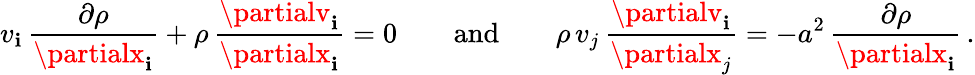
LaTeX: v_{\mathbf{i}}\, {\frac{{\partial\rho}}{{\partialx_{\mathbf{i}}}}}+\rho\, {\frac{{\partialv_{\mathbf{i}}}}{{\partialx_{\mathbf{i}}}}}=0\qquad{\mathrm{{and}}}\qquad\rho\, v_{j}\, {\frac{{\partialv_{\mathbf{i}}}}{{\partialx_{j}}}}=-a^{2}\, {\frac{{\partial\rho}}{{\partialx_{\mathbf{i}}}}}\, .